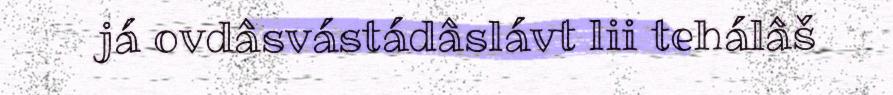
já ovdâsvástádâslávt lii tehálâš